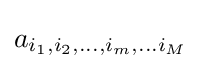
a_{i_{1},i_{2},\dots ,i_{m},\dots i_{M}}